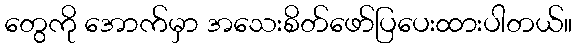
တွေကို အောက်မှာ အသေးစိတ်ဖော်ပြပေးထားပါတယ်။